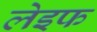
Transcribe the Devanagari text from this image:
लेइफ